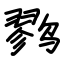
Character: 鹨